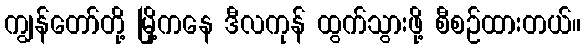
ကျွန်တော်တို့ မြို့ကနေ ဒီလကုန် ထွက်သွားဖို့ စီစဉ်ထားတယ်။